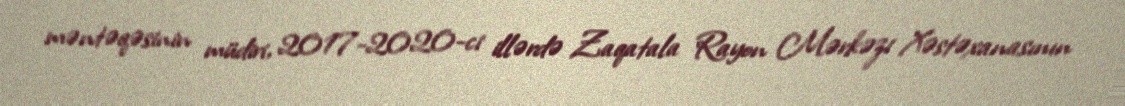
məntəqəsinin müdiri, 2017-2020-ci illərdə Zaqatala Rayon Mərkəzi Xəstəxanasının